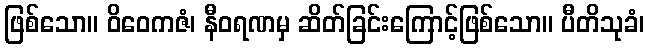
ဖြစ်သော။ ဝိဝေကဇံ၊ နီဝရဏမှ ဆိတ်ခြင်းကြောင့်ဖြစ်သော။ ပီတိသုခံ၊